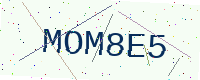
Text: MOM8E5